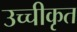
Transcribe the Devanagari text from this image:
उच्‍चीकृत